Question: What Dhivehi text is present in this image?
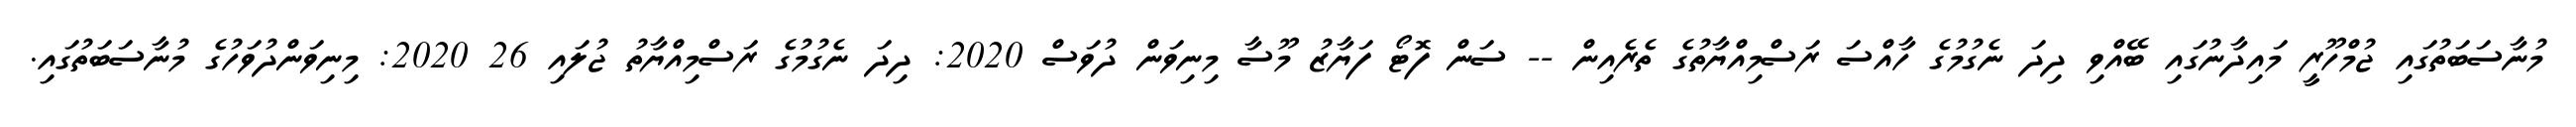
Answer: މުނާސަބަތުގައި ޖުމްހޫރީ މައިދާނުގައި ބޭއްވި ދިދަ ނެގުމުގެ ހާއްސަ ރަސްމިއްޔާތުގެ ތެރެއިން -- ސަން ފޮޓޯ ފަޔާޒު މޫސާ މިނިވަން ދުވަސް 2020: ދިދަ ނެގުމުގެ ރަސްމިއްޔާތު ޖުލައި 26 2020: މިނިވަންދުވަހުގެ މުނާސަބަތުގައި.